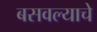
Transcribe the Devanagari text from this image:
बसवल्याचे